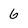
Character: 6